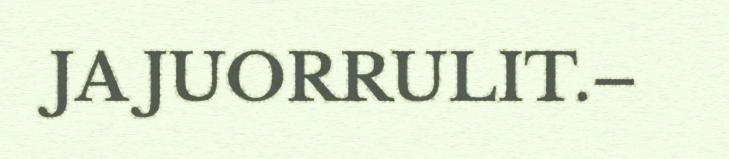
JA JUORRULIT.–